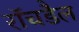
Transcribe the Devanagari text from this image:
रॉचडैल